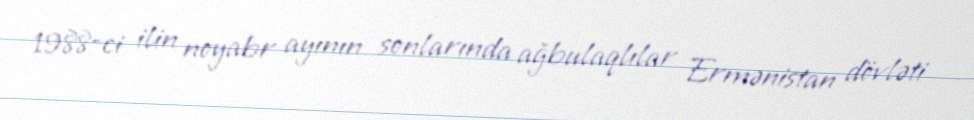
1988-ci ilin noyabr ayının sonlarında ağbulaqlılar Ermənistan dövləti